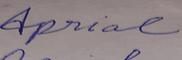
Signature authenticity: forged